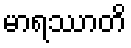
မာရဿာတိ